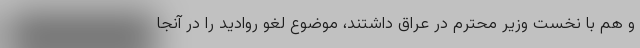
و هم با نخست وزیر محترم در عراق داشتند، موضوع لغو روادید را در آنجا